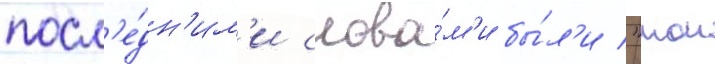
посл'е́дн'им'и слова́м'и бы́л'и "мои